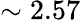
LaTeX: \sim 2.57